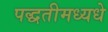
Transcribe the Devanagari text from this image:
पद्धतीमध्यधे